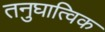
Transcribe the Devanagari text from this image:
तनुघात्विक